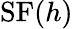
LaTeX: \operatorname{SF}(h)